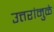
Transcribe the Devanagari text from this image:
उत्तरांमुळे